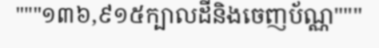
"""១៣៦,៩១៥ក្បាលដីនិងចេញប័ណ្ណ"""